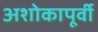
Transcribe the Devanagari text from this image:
अशोकापूर्वी